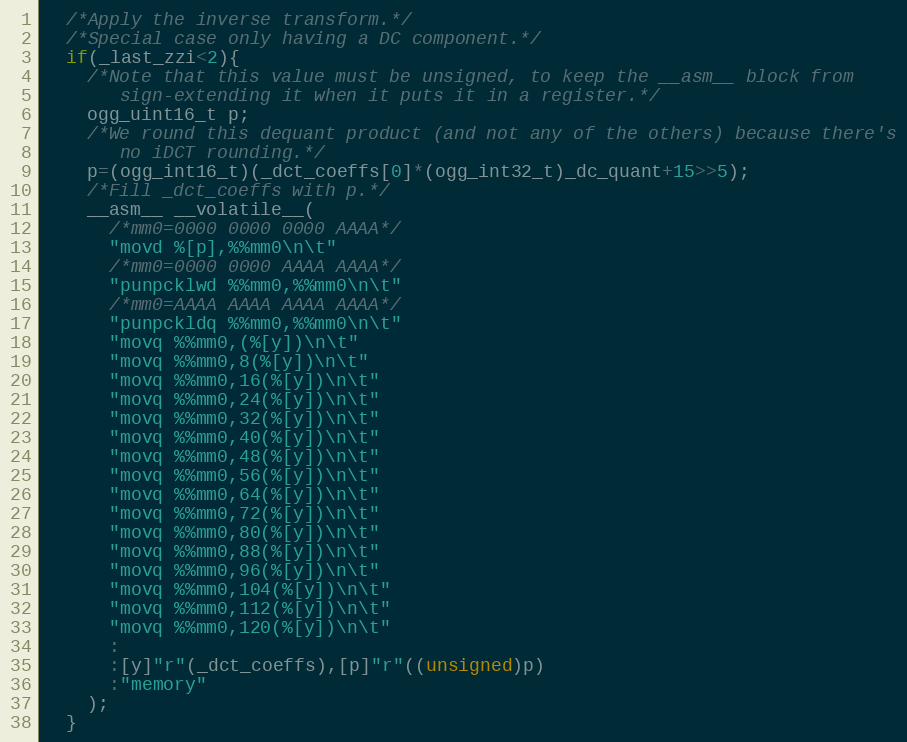
Language: C
  /*Apply the inverse transform.*/
  /*Special case only having a DC component.*/
  if(_last_zzi<2){
    /*Note that this value must be unsigned, to keep the __asm__ block from
       sign-extending it when it puts it in a register.*/
    ogg_uint16_t p;
    /*We round this dequant product (and not any of the others) because there's
       no iDCT rounding.*/
    p=(ogg_int16_t)(_dct_coeffs[0]*(ogg_int32_t)_dc_quant+15>>5);
    /*Fill _dct_coeffs with p.*/
    __asm__ __volatile__(
      /*mm0=0000 0000 0000 AAAA*/
      "movd %[p],%%mm0\n\t"
      /*mm0=0000 0000 AAAA AAAA*/
      "punpcklwd %%mm0,%%mm0\n\t"
      /*mm0=AAAA AAAA AAAA AAAA*/
      "punpckldq %%mm0,%%mm0\n\t"
      "movq %%mm0,(%[y])\n\t"
      "movq %%mm0,8(%[y])\n\t"
      "movq %%mm0,16(%[y])\n\t"
      "movq %%mm0,24(%[y])\n\t"
      "movq %%mm0,32(%[y])\n\t"
      "movq %%mm0,40(%[y])\n\t"
      "movq %%mm0,48(%[y])\n\t"
      "movq %%mm0,56(%[y])\n\t"
      "movq %%mm0,64(%[y])\n\t"
      "movq %%mm0,72(%[y])\n\t"
      "movq %%mm0,80(%[y])\n\t"
      "movq %%mm0,88(%[y])\n\t"
      "movq %%mm0,96(%[y])\n\t"
      "movq %%mm0,104(%[y])\n\t"
      "movq %%mm0,112(%[y])\n\t"
      "movq %%mm0,120(%[y])\n\t"
      :
      :[y]"r"(_dct_coeffs),[p]"r"((unsigned)p)
      :"memory"
    );
  }